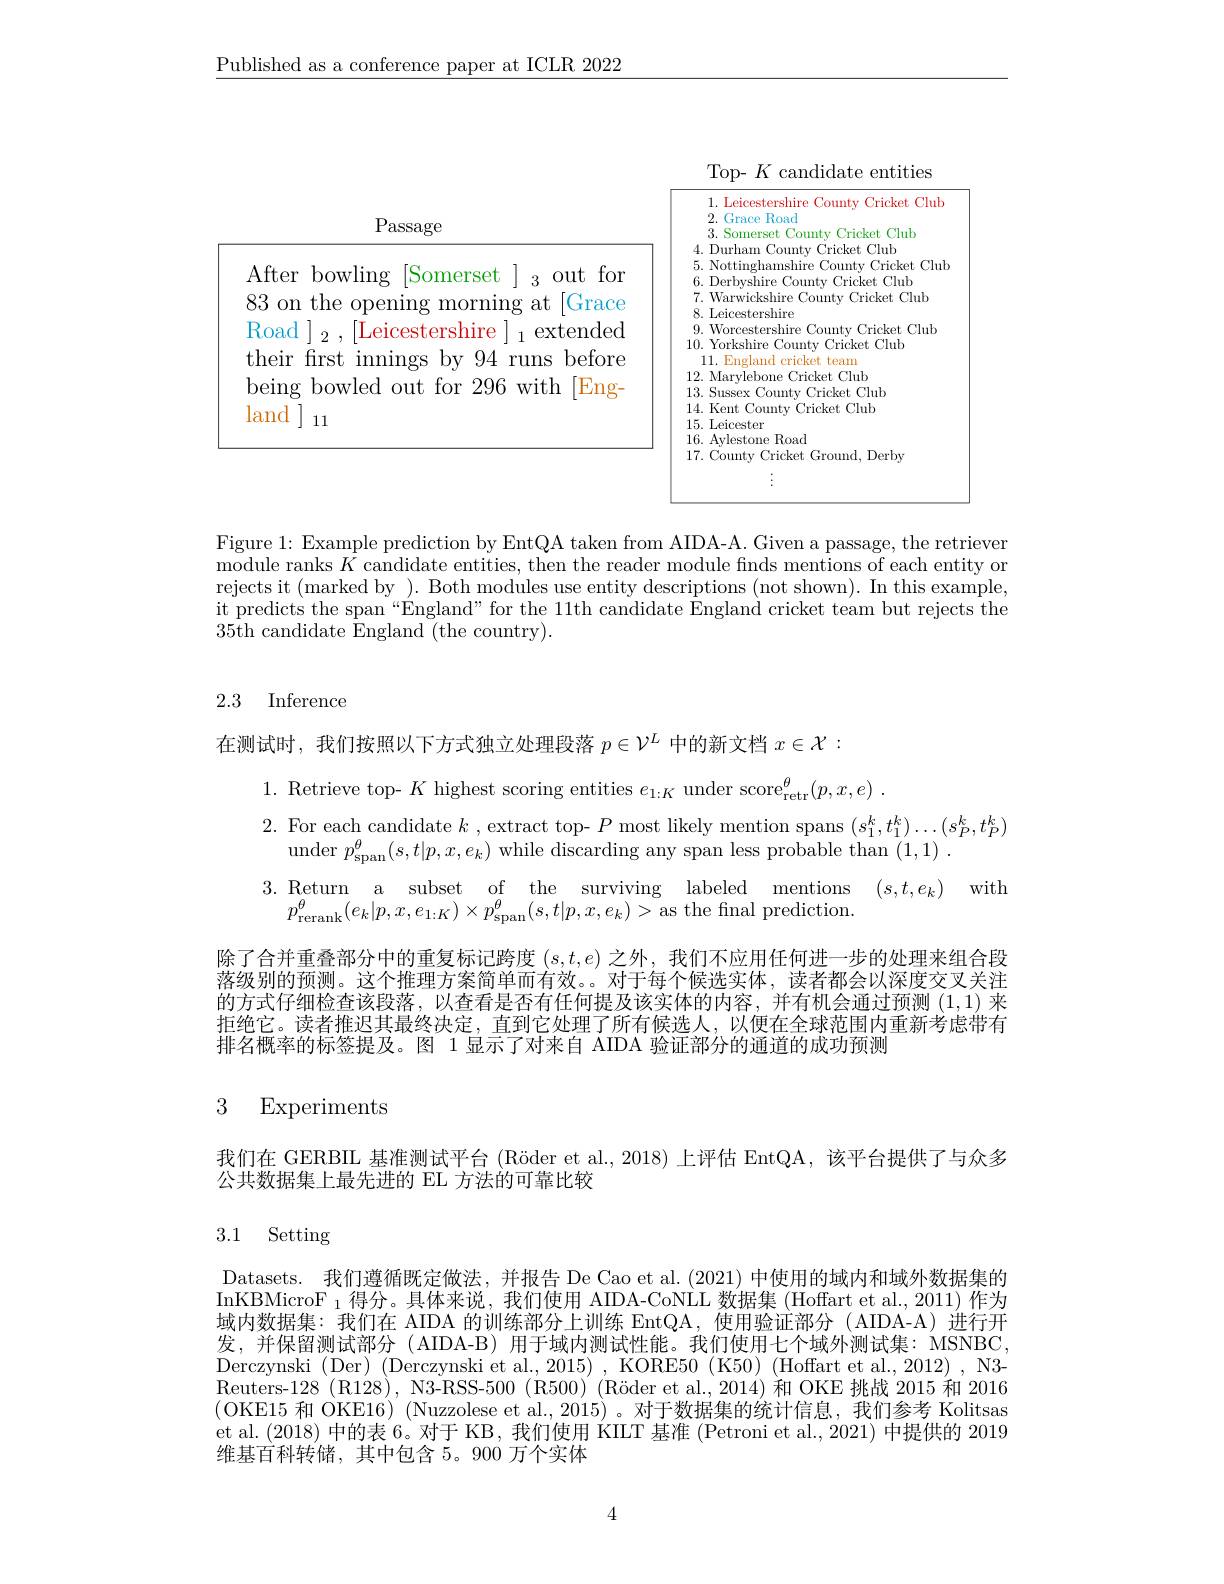
$\underline{\text{Published as a conference paper at ICLR 2022}}$

<FigureHere>

Figure 1: Example prediction by EntQA taken from AIDA-A. Given a passage, the retriever ${\mathrm{module~ranks~}\hat{K}}{\mathrm{~candidate~entities,~then~the~reader~module~finds~mentions~of~each~entity~or}}$ rejects it (marked by ). Both modules use entity descriptions (not shown). In this example, it predicts the span“England" for the 11th candidate England cricket team but rejects the $35\dot{\text{th candidate England }}($the country).

## 2.3 Inference

在测试时，我们按照以下方式独立处理段落$p\in\mathcal{V}^L$中的新文档$x\in\mathcal{X}:$

1. Retrieve top- $K$ highest scoring entities $e_{1: K}\text{ under score}_{\mathrm{retr}}^{\theta }( p, x, e)$ .
2. For each candidate $k$ , extract top- $P$ most likely mention spans $(s_1^k,t_1^k)\ldots(s_P^k,t_P^k)$
under $p_{\mathrm{span}}^{\theta}(s,t|p,x,e_{k})$ while discarding any span less probable than (1,1).
3.Return a subset of the surviving labeled mentions $( s, t, e_k)$ with
$p_{\mathrm{rerank}}^{\theta}(e_{k}|p,x,e_{1:K})\times p_{\mathrm{span}}^{\theta}(s,t|p,x,e_{k})>$as the final prediction.

除了合并重叠部分中的重复标记跨度$(s,t,e)$之外，我们不应用任何进一步的处理来组合段落级别的预测。这个推理方案简单而有效。对于每个候选实体，读者都会以深度交叉关注的方式仔细检查该段落，以查看是否有任何提及该实体的内容，并有机会通过预测(1,1)来拒绝它。读者推迟其最终决定，直到它处理了所有候选人，以便在全球范围内重新考虑带有排名概率的标签提及。图 1 显示了对来自 AIDA 验证部分的通道的成功预测

## 3 Experiments

我们在 GERBIL 基准测试平台 (Röder et al.,2018) 上评估 EntQA,该平台提供了与众多
公共数据集上最先进的 EL 方法的可靠比较

# 3.1 Setting

Datasets. 我们遵循既定做法，并报告 De Cao et al. (2021) 中使用的域内和域外数据集的InKBMicroF $_1$得分。具体来说，我们使用 AIDA-CoNLL 数据集 (Hoffart et al., 2011) 作为域内数据集：我们在 AIDA 的训练部分上训练 EntQA,使用验证部分 ( AIDA-A)进行开发，并保留测试部分( AIDA-B) 用于域内测试性能。我们使用七个域外测试集：MSNBC, $\begin{array}{c}\mathrm{Derczynski~(Der)~(Derczynski~et~al.,2015)~,~KORE50~(K50)~(Hoffart~et~al.,~2012)~,~N3-}\end{array}$ Reuters-128 (R128), N3-RSS-500 (R500) (Röder et al., 2014) 和 OKE 挑战 2015 和 2016 (OKE15 和 OKE16) (Nuzzolese et al.,2015) 。对于数据集的统计信息，我们参考 Kolitsas et al. (2018) 中的表 6。对于 KB, 我们使用K$ILT$基准 (Petroni et al., 2021) 中提供的 2019维基百科转储，其中包含 5。900 万个实体

4